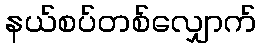
နယ်စပ်တစ်လျှောက်